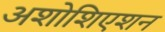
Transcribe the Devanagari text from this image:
अशोशिएशन